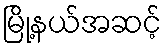
မြို့နယ်အဆင့်